Source: Handwritten
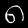
Digit: ၈ (8)